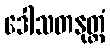
ဒေါသတနုတ္တံ